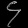
Digit: ၄